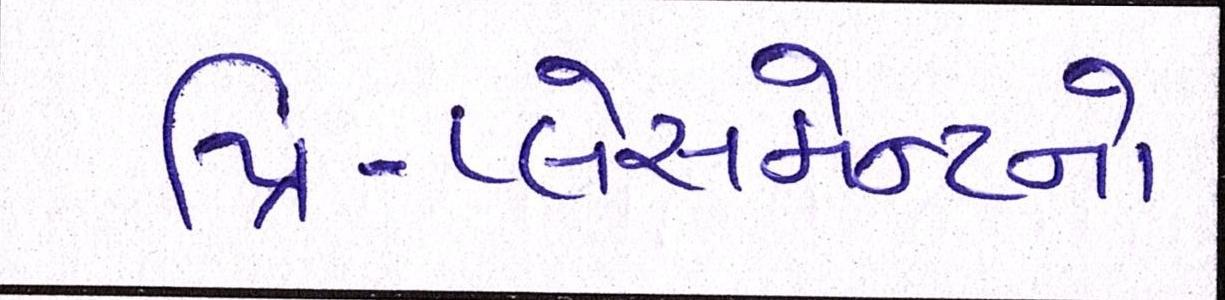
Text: પ્રિ-પ્લેસમેન્ટનો